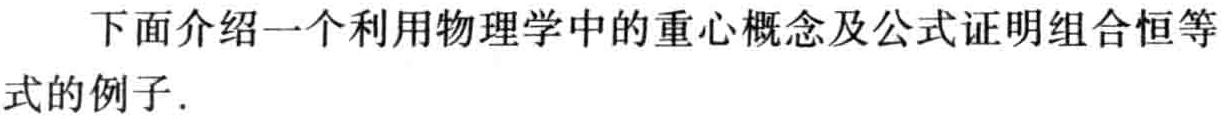
下面介绍一个利用物理学中的重心概念及公式证明组合恒等式的例子.